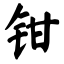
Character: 钳